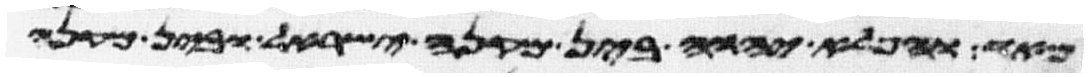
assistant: מאד והפלא יהוה בין מקנה ישראל ובין מקנה